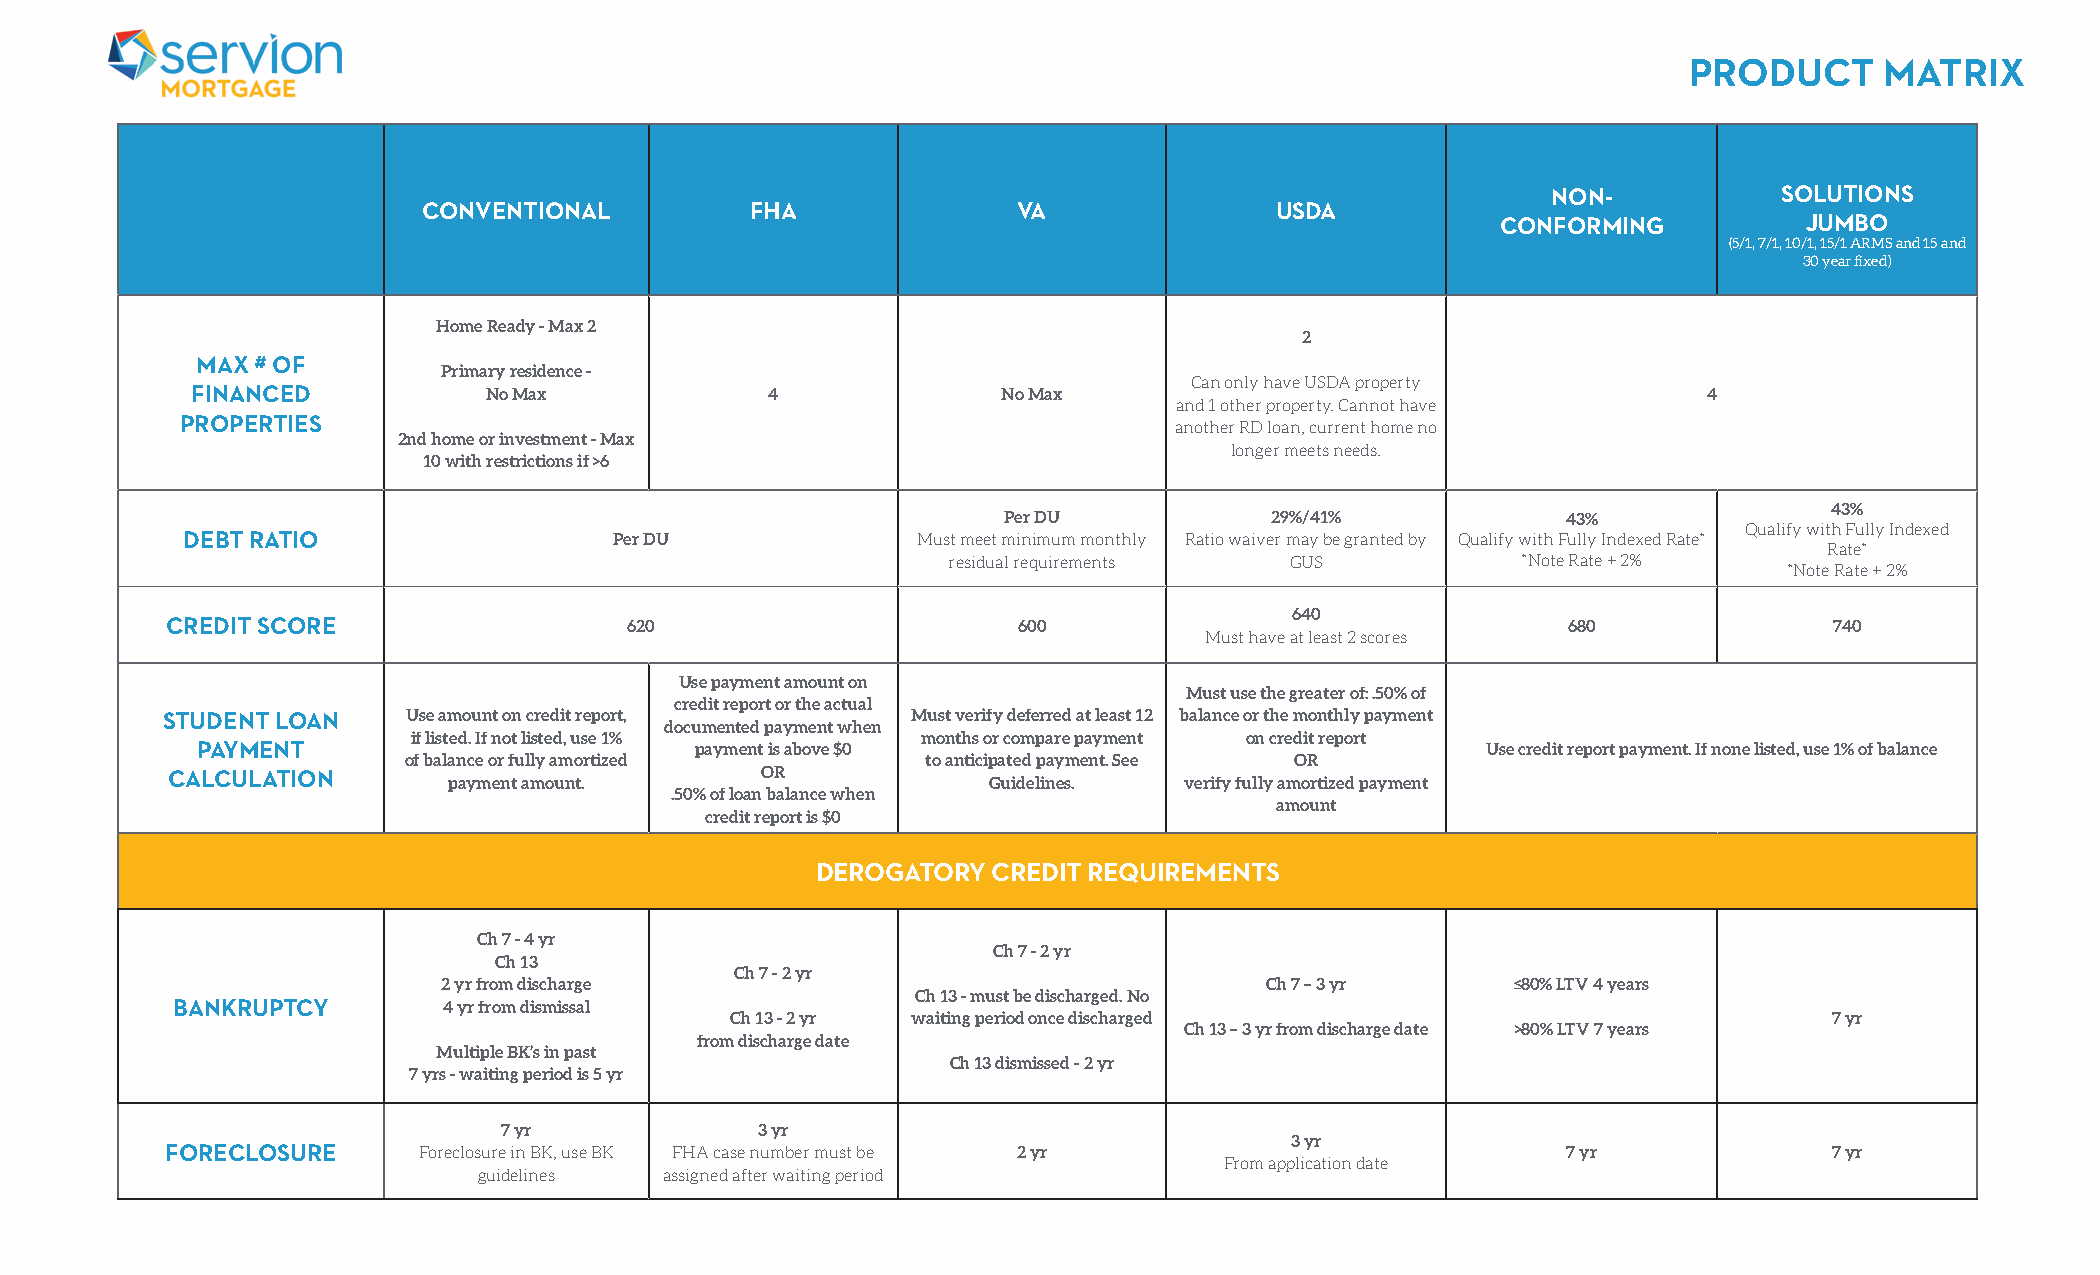
PRODUCT      MATRIX
 NON-           SOLUTIONS
 CONVENTIONAL          FHA              VA               USDA
 CONFORMING           JUMBO
 (5/1, 7/1, 10/1, 15/1 ARMS and 15 and
 30 year fixed)
 Home Ready - Max 2
 2
 MAX # OF
 Primary residence -
 Can only have USDA property
 FINANCED           No Max             4              No Max                                         4
 and 1 other property. Cannot have
 PROPERTIES                                                        another RD loan, current home no
 2nd home or investment - Max
 longer meets needs.
 10 with restrictions if >6
 43%
 Per DU            29%/41%             43%
 Qualify with Fully Indexed
 DEBT RATIO                   Per DU              Must meet minimum monthly Ratio waiver may be granted by Qualify with Fully Indexed Rate*
 Rate*
 residual requirements GUS             *Note Rate + 2%
 *Note Rate + 2%
 640
 CREDIT SCORE                   620                      600                                  680              740
 Must have at least 2 scores
 Use payment amount on
 Must use the greater of: .50% of
 credit report or the actual
 STUDENT LOAN    Use amount on credit report,     Must verify deferred at least 12 balance or the monthly payment
 documented payment when
 if listed. If not listed, use 1%  months or compare payment on credit report
 PAYMENT                          payment is above $0                                 Use credit report payment. If none listed, use 1% of balance
 of balance or fully amortized     to anticipated payment. See OR
 CALCULATION        payment amount.     OR              Guidelines. verify fully amortized payment
 .50% of loan balance when
 amount
 credit report is $0
 DEROGATORY  CREDIT REQUIREMENTS
 Ch 7 - 4 yr
 Ch 7 - 2 yr
 Ch 13
 Ch 7 - 2 yr
 2 yr from discharge                                    Ch 7 – 3 yr     ≤80% LTV 4 years
 Ch 13 - must be discharged. No
 BANKRUPTCY        4 yr from dismissal
 Ch 13 - 2 yr waiting period once discharged                              7 yr
 Ch 13 – 3 yr from discharge date >80% LTV 7 years
 from discharge date
 Multiple BK’s in past
 Ch 13 dismissed - 2 yr
 7 yrs - waiting period is 5 yr
 7 yr             3 yr
 3 yr
 FORECLOSURE      Foreclosure in BK, use BK FHA case number must be 2 yr                      7 yr             7 yr
 From application date
 guidelines  assigned after waiting period